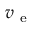
v _ { \mathrm { ~ e ~ } }